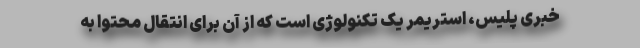
خبری پلیس، استریمر یک تکنولوژی است که از آن برای انتقال محتوا به